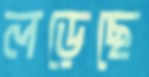
লড়েছে